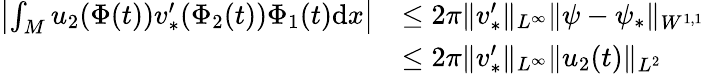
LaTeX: \begin{array}{rl}{\left|\int_{M}u_{2}(\Phi(t))v_{*}^{\prime}(\Phi_{2}(t))\Phi_{1}(t)\mathrm{d}x\right|}&{\leq 2\pi\| v_{*}^{\prime}\| _{L^{\infty}}\| {\psi}-\psi_{*}\| _{W^{1,1}}}\\ &{\leq 2\pi\| v_{*}^{\prime}\| _{L^{\infty}}\| u_{2}(t)\| _{L^{2}}}\end{array}